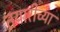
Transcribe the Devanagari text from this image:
तयारीच्या